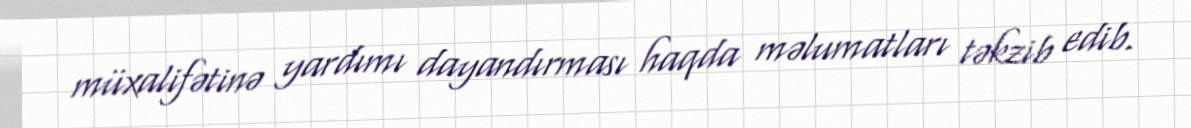
müxalifətinə yardımı dayandırması haqda məlumatları təkzib edib.